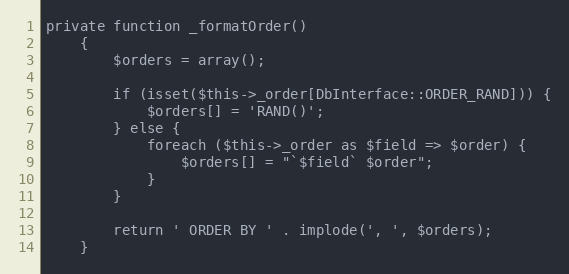
Language: PHP
private function _formatOrder()
    {
        $orders = array();

        if (isset($this->_order[DbInterface::ORDER_RAND])) {
            $orders[] = 'RAND()';
        } else {
            foreach ($this->_order as $field => $order) {
                $orders[] = "`$field` $order";
            }
        }

        return ' ORDER BY ' . implode(', ', $orders);
    }